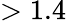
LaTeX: >1.4